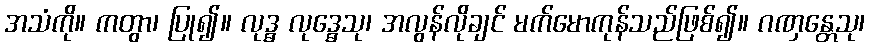
အသံကို။ ကတွာ၊ ပြု၍။ လုဒ္ဓ လုဒ္ဓေသု၊ အလွန်လိုချင် မက်မောကုန်သည်ဖြစ်၍။ ဂဏှန္တေသု၊